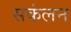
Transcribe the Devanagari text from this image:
सकंलन